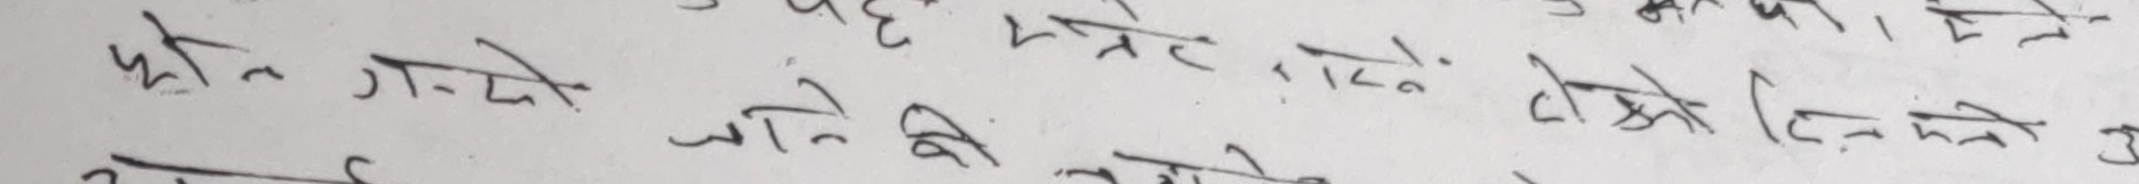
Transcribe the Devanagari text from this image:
फोन न गए के त्रेट गरे, पनी, होइन।
निकाल जाने की सधैं केहि न काम गरिन लाग्थ्यो भनेर।